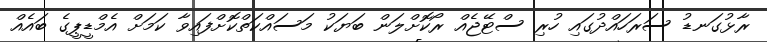
ރާޅުގަނޑު ސަރަހައްދުގައި ހުރި ސްޓޭޖެއް ރޯކޮށްލަން ބަޔަކު މަސައްކަތްކޮށްފައިވާ ކަމަށް އެމްޑީޕީގެ ބައެއް